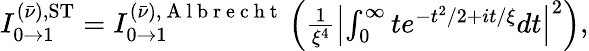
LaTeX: \begin{array}{r}{I_{0\to 1}^{(\bar{\nu}),\mathrm{ST}}=I_{0\to 1}^{(\bar{\nu}),\mathrm{~A~l~b~r~e~c~h~t~}}\left(\frac 1{\xi^{4}}\left|\int_{0}^{\infty}te^{-t^{2}/2+it/\xi}dt\right|^{2}\right),}\end{array}